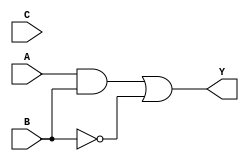
module combinational_logic_block (
    input wire A,       // Input A
    input wire B,       // Input B
    input wire C,       // Input C
    output wire Y       // Output Y
);

// Internal wire declarations for internal logic
wire and_output;      // Output from the AND gate
wire or_output;       // Output from the OR gate
wire not_output_A;    // Output from NOT gate on A
wire not_output_B;    // Output from NOT gate on B

// Logic functionality implementation
// Example: Y = (A AND B) OR (NOT C)

// NOT gates
not u1(not_output_A, A); // NOT A
not u2(not_output_B, B); // NOT B

// AND gate
and u3(and_output, A, B); // A AND B

// OR gate
or u4(Y, and_output, not_output_B); // (A AND B) OR (NOT B)

endmodule